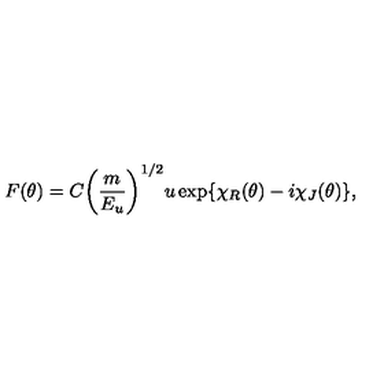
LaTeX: F ( \theta ) = C { \left( \frac { m } { E _ { u } } \right) } ^ { 1 / 2 } u \exp \{ \chi _ { R } ( \theta ) - i \chi _ { J } ( \theta ) \} ,